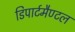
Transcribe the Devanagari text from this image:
डिपार्टमैण्टल